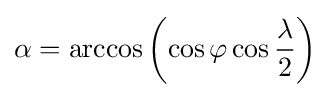
\alpha =\arccos \left(\cos \varphi \cos {\frac {\lambda }{2}}\right)